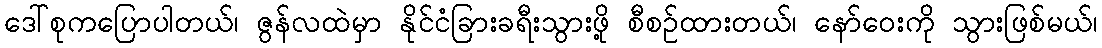
ဒေါ်စုကပြောပါတယ်၊ ဇွန်လထဲမှာ နိုင်ငံခြားခရီးသွားဖို့ စီစဉ်ထားတယ်၊ နော်ဝေးကို သွားဖြစ်မယ်၊